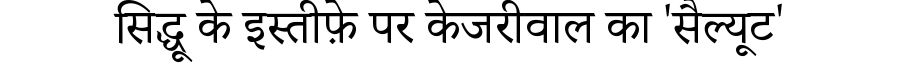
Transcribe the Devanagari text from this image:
सिद्धू के इस्तीफ़े पर केजरीवाल का 'सैल्यूट'